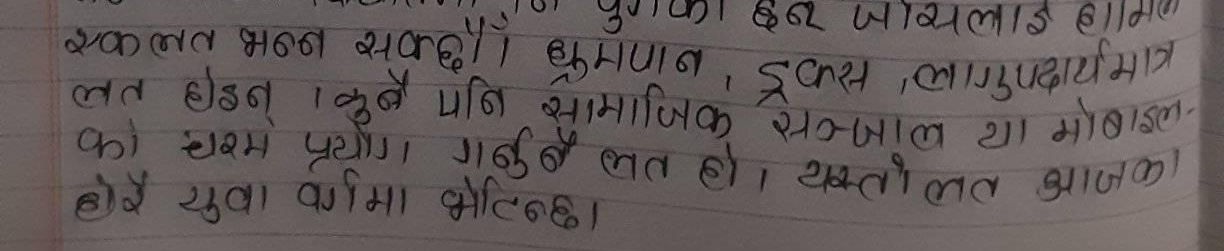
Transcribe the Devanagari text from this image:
एकलत भन्न सकिन्छ । धुम्रपान, ड्रग्स, लागुपदार्थमात्र
लत होइन । कुनै पनि सामाजिक सञ्जाल या मोबाइल-
को चरम प्रयोग गर्नु नै लत हो । यस्तो लत आजकल
धेरै युवा वर्गमा देखिन्छ।